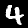
Digit: 4